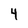
Character: 4